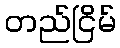
တည်ငြိမ်